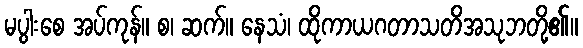
မပွါးစေ အပ်ကုန်။ စ၊ ဆက်။ နေသံ၊ ထိုကာယဂတာသတိအသုဘတို့၏။